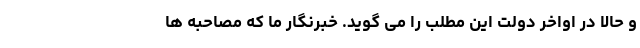
و حالا در اواخر دولت این مطلب را می گوید. خبرنگار ما که مصاحبه ها